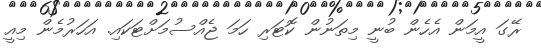
ރޭގަ އީމަން އެހެން ބުނީ މިތަނުން ކޮޓަރި ހަމަ ޖެއްސުމަށްޓަކައި. އަހަރުމެން މިއީ